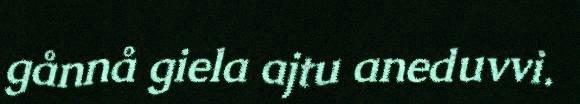
gånnå giela ajtu aneduvvi.